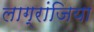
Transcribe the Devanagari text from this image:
लाग्रांजिया